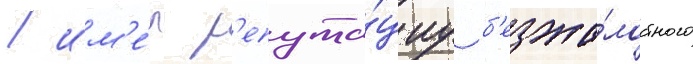
/ им'е́л р'епута́циу б'езжа́лостного